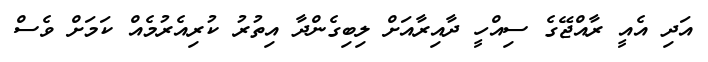
އަދި އެއީ ރާއްޖޭގެ ސިއްހީ ދާއިރާއަށް ލިބިގެންދާ އިތުރު ކުރިއެރުމެއް ކަމަށް ވެސް